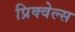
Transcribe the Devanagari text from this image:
प्रिक्वेल्स